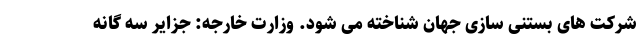
شرکت های بستنی سازی جهان شناخته می شود. وزارت خارجه: جزایر سه گانه